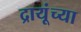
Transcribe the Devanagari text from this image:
द्रायूंच्या